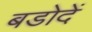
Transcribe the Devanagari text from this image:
बडोदें